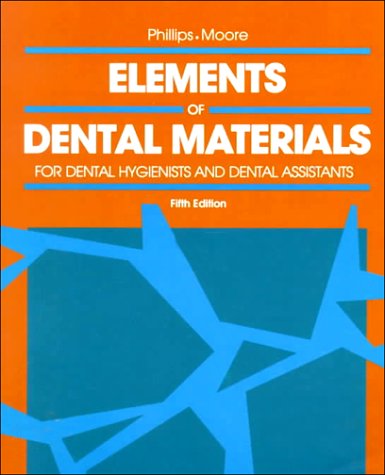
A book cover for Elements of Dental Materials: for Hygienists and Dental Assistants; Ralph W. Phillips MS  DSc; Medical Books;